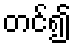
တင်၍